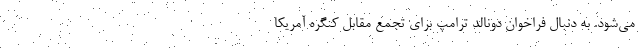
می‌شود. به دنبال فراخوان دونالد ترامپ برای تجمع مقابل کنگره آمریکا